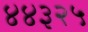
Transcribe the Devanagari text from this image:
४४३२५